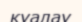
қуалау